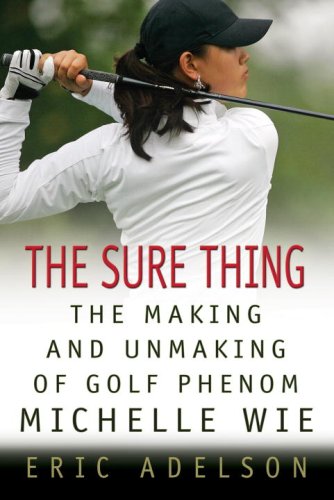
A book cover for The Sure Thing: The Making and Unmaking of Golf Phenom Michelle Wie; Eric Adelson; Biographies & Memoirs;